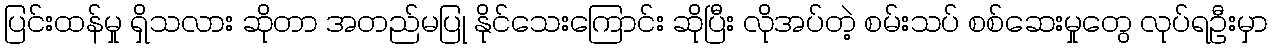
ပြင်းထန်မှု ရှိသလား ဆိုတာ အတည်မပြု နိုင်သေးကြောင်း ဆိုပြီး လိုအပ်တဲ့ စမ်းသပ် စစ်ဆေးမှုတွေ လုပ်ရဦးမှာ